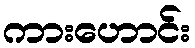
ကားဟောင်း